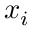
\boldsymbol { x } _ { i }